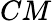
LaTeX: CM